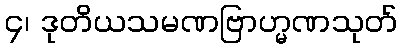
၄၊ ဒုတိယသမဏဗြာဟ္မဏသုတ်